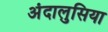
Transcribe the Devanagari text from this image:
अंदालुसिया